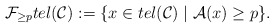
\begin{align*}\mathcal{F}_{\geq p} tel(\mathcal{C}):= \lbrace x\in tel(\mathcal{C})\mid \mathcal{A}(x)\geq p\rbrace.\end{align*}